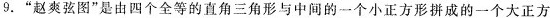
9.”赵爽弦图”是由四个全等的直角三角形与中间的一个小正方形拼成的一个大正方